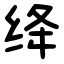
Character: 绛